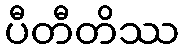
ပီတီတိဿ